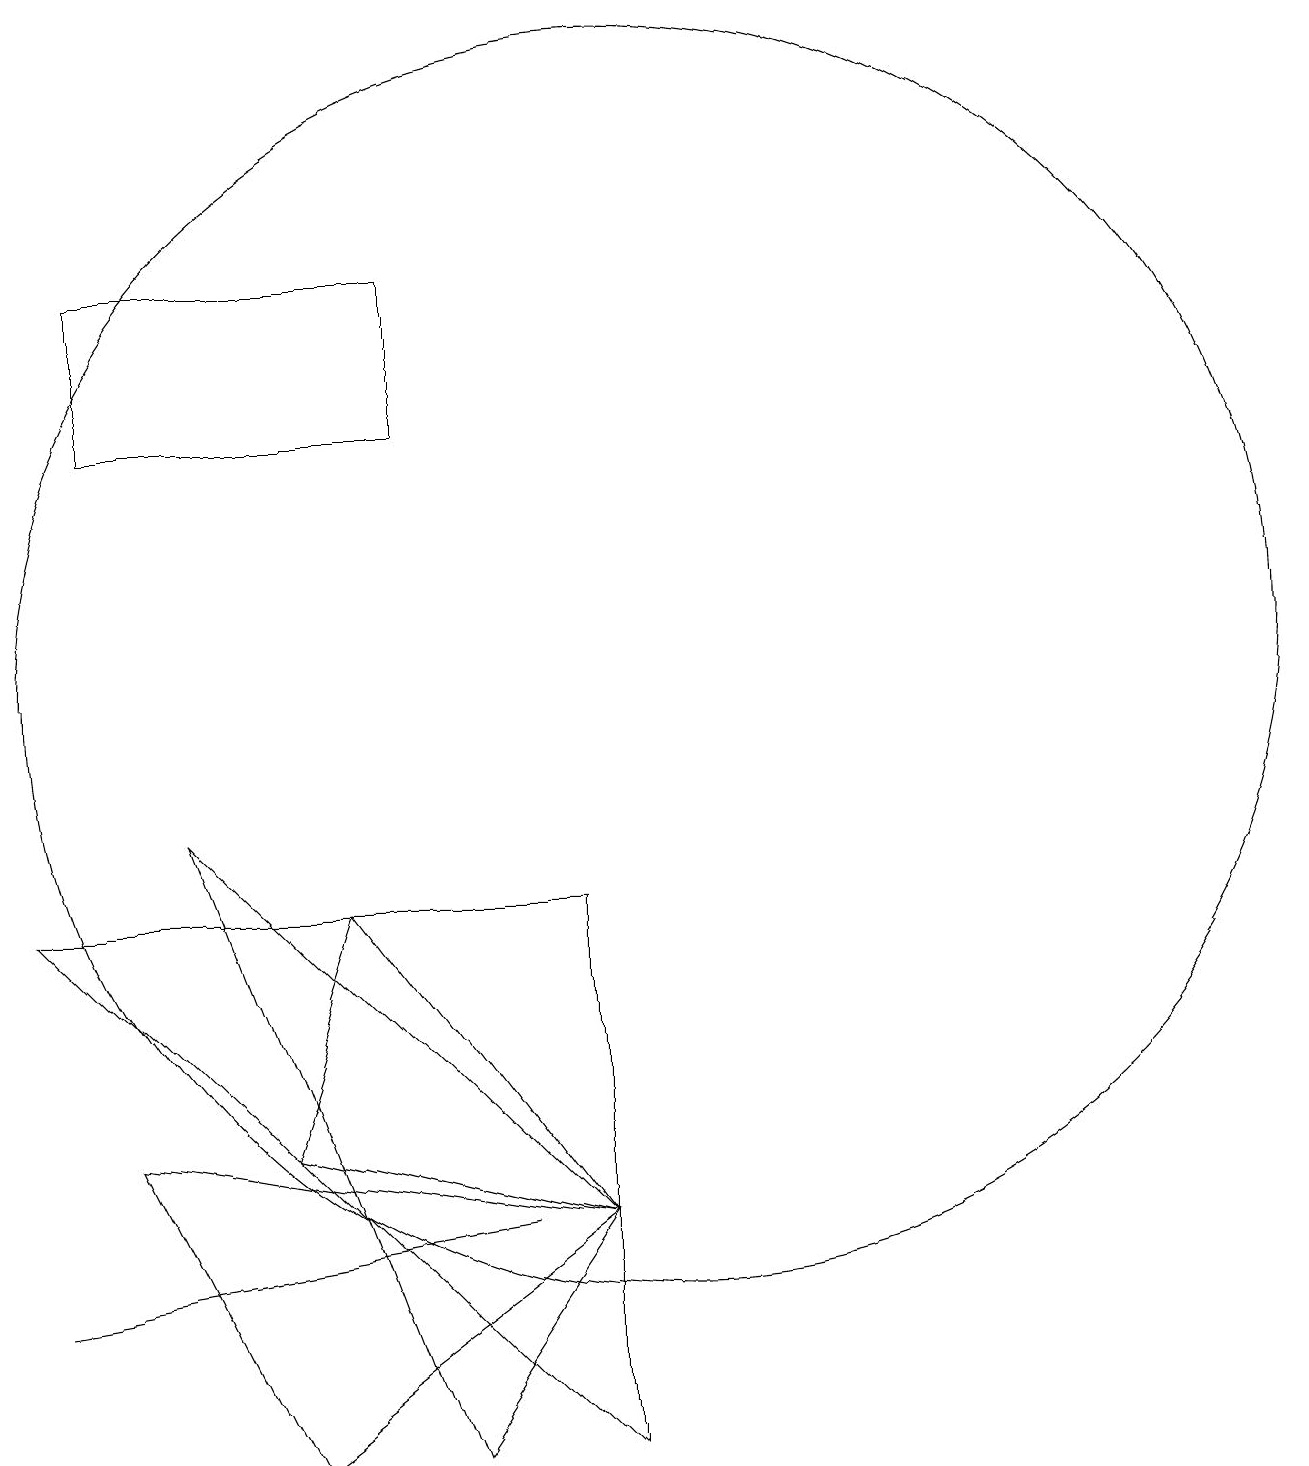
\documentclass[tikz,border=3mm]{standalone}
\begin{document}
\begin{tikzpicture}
\draw (10,10) circle (8);
\draw (8,3) -- (2,2) -- (2,2) -- cycle;
\draw (7,15) rectangle (3,13);
\draw (9,7) -- (2,7) -- (9,0) -- cycle;
\draw (4,8) -- (7,0) -- (9,3) -- cycle;
\draw (3,4) -- (9,3) -- (5,0) -- cycle;
\draw (5,4) -- (9,3) -- (6,7) -- cycle;
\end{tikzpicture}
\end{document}